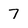
Character: 7